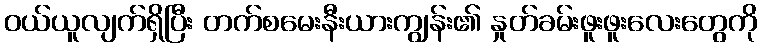
ဝယ်ယူလျက်ရှိပြီး တက်စမေးနီးယားကျွန်း၏ နှုတ်ခမ်းဖူးဖူးလေးတွေကို